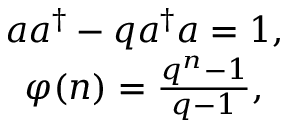
\begin{array} { c } { { a a ^ { \dagger } - q a ^ { \dagger } a = 1 , } } \\ { { \varphi ( n ) = \frac { q ^ { n } - 1 } { q - 1 } , } } \end{array}